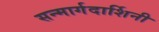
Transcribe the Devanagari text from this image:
सन्मार्गदार्शिनी